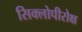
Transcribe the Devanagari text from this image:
सिक्लोपीरोक्ष